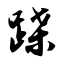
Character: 蹀